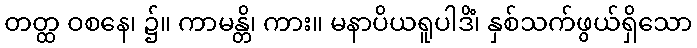
တတ္ထ ဝစနေ၊ ၌။ ကာမန္တိ၊ ကား။ မနာပိယရူပါဒိံ၊ နှစ်သက်ဖွယ်ရှိသော